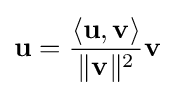
\mathbf {u} ={\frac {\langle \mathbf {u} ,\mathbf {v} \rangle }{\|\mathbf {v} \|^{2}}}\mathbf {v}